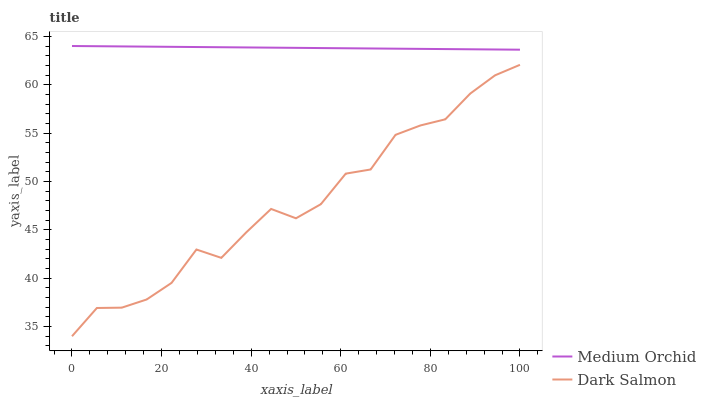
| xaxis_label | Medium Orchid | Dark Salmon |
 | --- | --- | --- |
 | 0 | 64 | 34 |
 | 5.56 | 64 | 36.9 |
 | 11.1 | 64 | 37 |
 | 16.7 | 63.9 | 37.8 |
 | 22.2 | 63.9 | 39.5 |
 | 27.8 | 63.9 | 43 |
 | 33.3 | 63.9 | 42.1 |
 | 38.9 | 63.9 | 44.7 |
 | 44.4 | 63.8 | 47.2 |
 | 50 | 63.8 | 46.2 |
 | 55.6 | 63.8 | 47.7 |
 | 61.1 | 63.8 | 50.8 |
 | 66.7 | 63.7 | 51.2 |
 | 72.2 | 63.7 | 54.8 |
 | 77.8 | 63.7 | 55.8 |
 | 83.3 | 63.7 | 56.4 |
 | 88.9 | 63.7 | 59.1 |
 | 94.4 | 63.6 | 61 |
 | 100 | 63.6 | 62.1 |